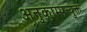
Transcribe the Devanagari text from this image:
अनुकाम्पन्युक्त